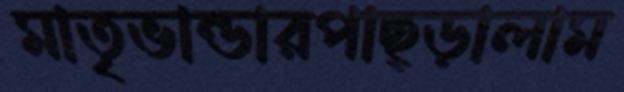
মাতৃভান্ডারপাছ্‌ড়ালাম